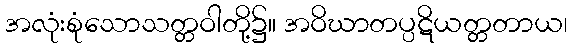
အလုံးစုံသောသတ္တဝါတို့၌။ အဝိဃာတပ္ပဋိယတ္တတာယ၊